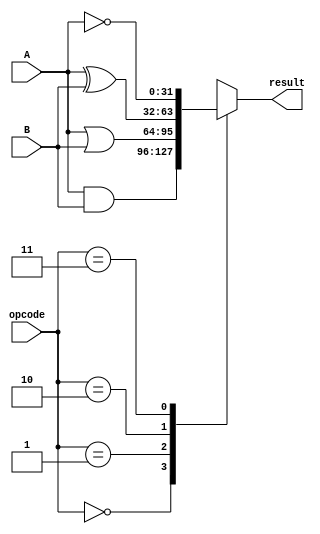
module boolean_block(input [31:0] A, B,  // Inputs
                     input [1:0] opcode,  // Operation code (0: AND, 1: OR, 2: XOR, 3: Complement)
                     output reg [31:0] result);  // Boolean block output

  always @(*)
  begin
    case (opcode)
      2'b00: result = A & B;  // Bitwise AND
      2'b01: result = A | B;  // Bitwise OR
      2'b10: result = A ^ B;  // Bitwise XOR
      2'b11: result = ~A;     // Bitwise complement
      default: result = 32'b0; // Default case
    endcase
  end

endmodule